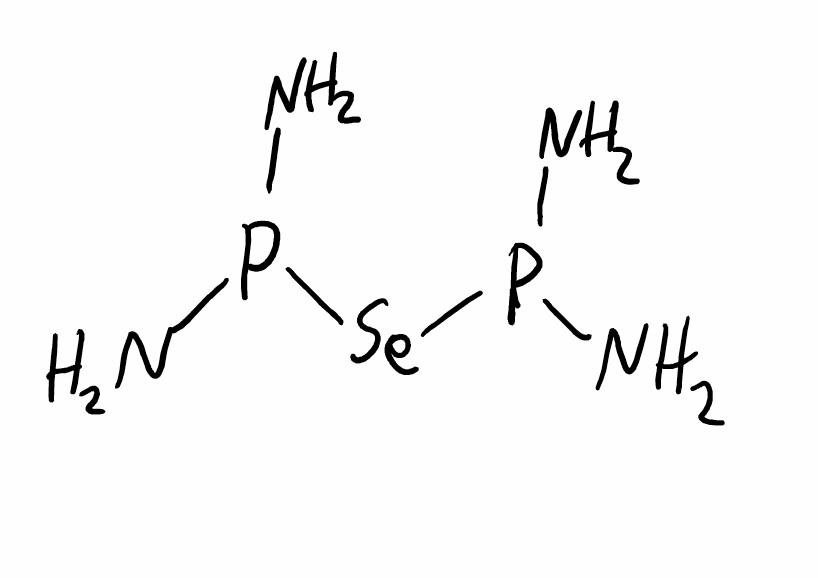
Simplified molecular-input line-entry system (SMILES) notation of the given molecule:
NP(N)[Se]P(N)N